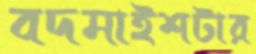
বদমাইশটার